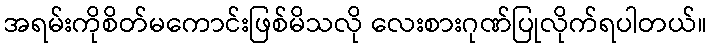
အရမ်းကိုစိတ်မကောင်းဖြစ်မိသလို လေးစားဂုဏ်ပြုလိုက်ရပါတယ်။